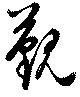
覲